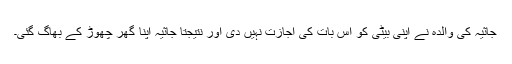
جاثیہ کی والدہ نے اپنی بیٹی کو اس بات کی اجازت نہیں دی اور نتیجتاً جاثیہ اپنا گھر چھوڑ کے بھاگ گئی۔